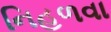
નિહળવા